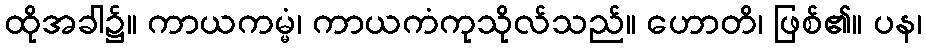
ထိုအခါ၌။ ကာယကမ္မံ၊ ကာယကံကုသိုလ်သည်။ ဟောတိ၊ ဖြစ်၏။ ပန၊